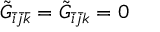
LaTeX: \tilde { G } _ { \bar { i } \bar { j } \bar { k } } = \tilde { G } _ { \bar { i } \bar { j } k } = 0